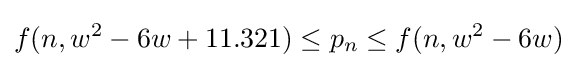
f(n,w^{2}-6w+11.321)\leq p_{n}\leq f(n,w^{2}-6w)